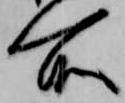
所